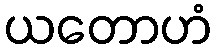
ယတောဟံ